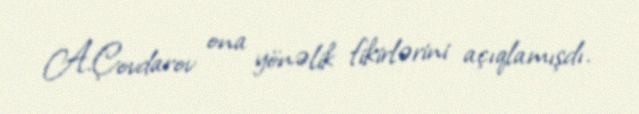
A.Çovdarov ona yönəlik fikirlərini açıqlamışdı.